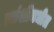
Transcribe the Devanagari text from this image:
झांशीमधील